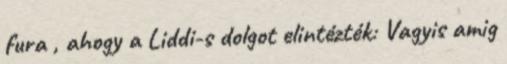
fura , ahogy a Liddi-s dolgot elintézték: Vagyis amig